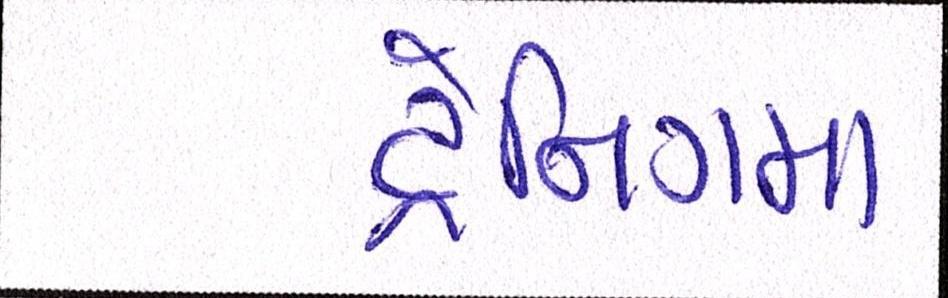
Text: ટ્રેનિગમા